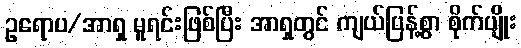
ဥရောပ/အာရှ မူရင်းဖြစ်ပြီး အာရှတွင် ကျယ်ပြန့်စွာ စိုက်ပျိုး